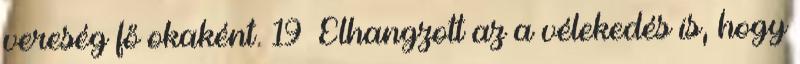
vereség fő okaként. 19 Elhangzott az a vélekedés is, hogy